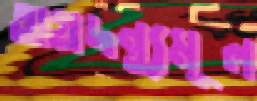
অগ্রদন্ত্যমূল